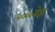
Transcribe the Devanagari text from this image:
५०००पेक्षा